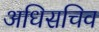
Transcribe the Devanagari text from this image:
अधिसचिव